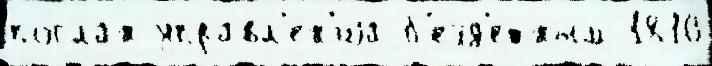
по́слан управл'е́н'иjа б'езд'е́тным 1810